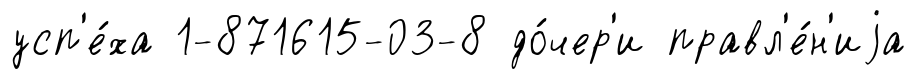
усп'е́ха 1-871615-03-8 до́чер'и правл'е́н'иjа